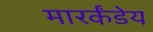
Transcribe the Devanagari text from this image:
मारर्कंडेय